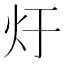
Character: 𮳚